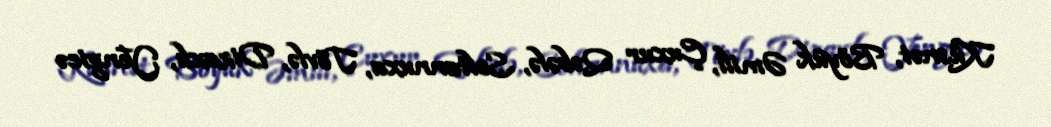
Küsnət, Böyük Əmili, Çuxur Qəbələ, Soltannuxa, Tövlə, Dizaxlı, Yengicə